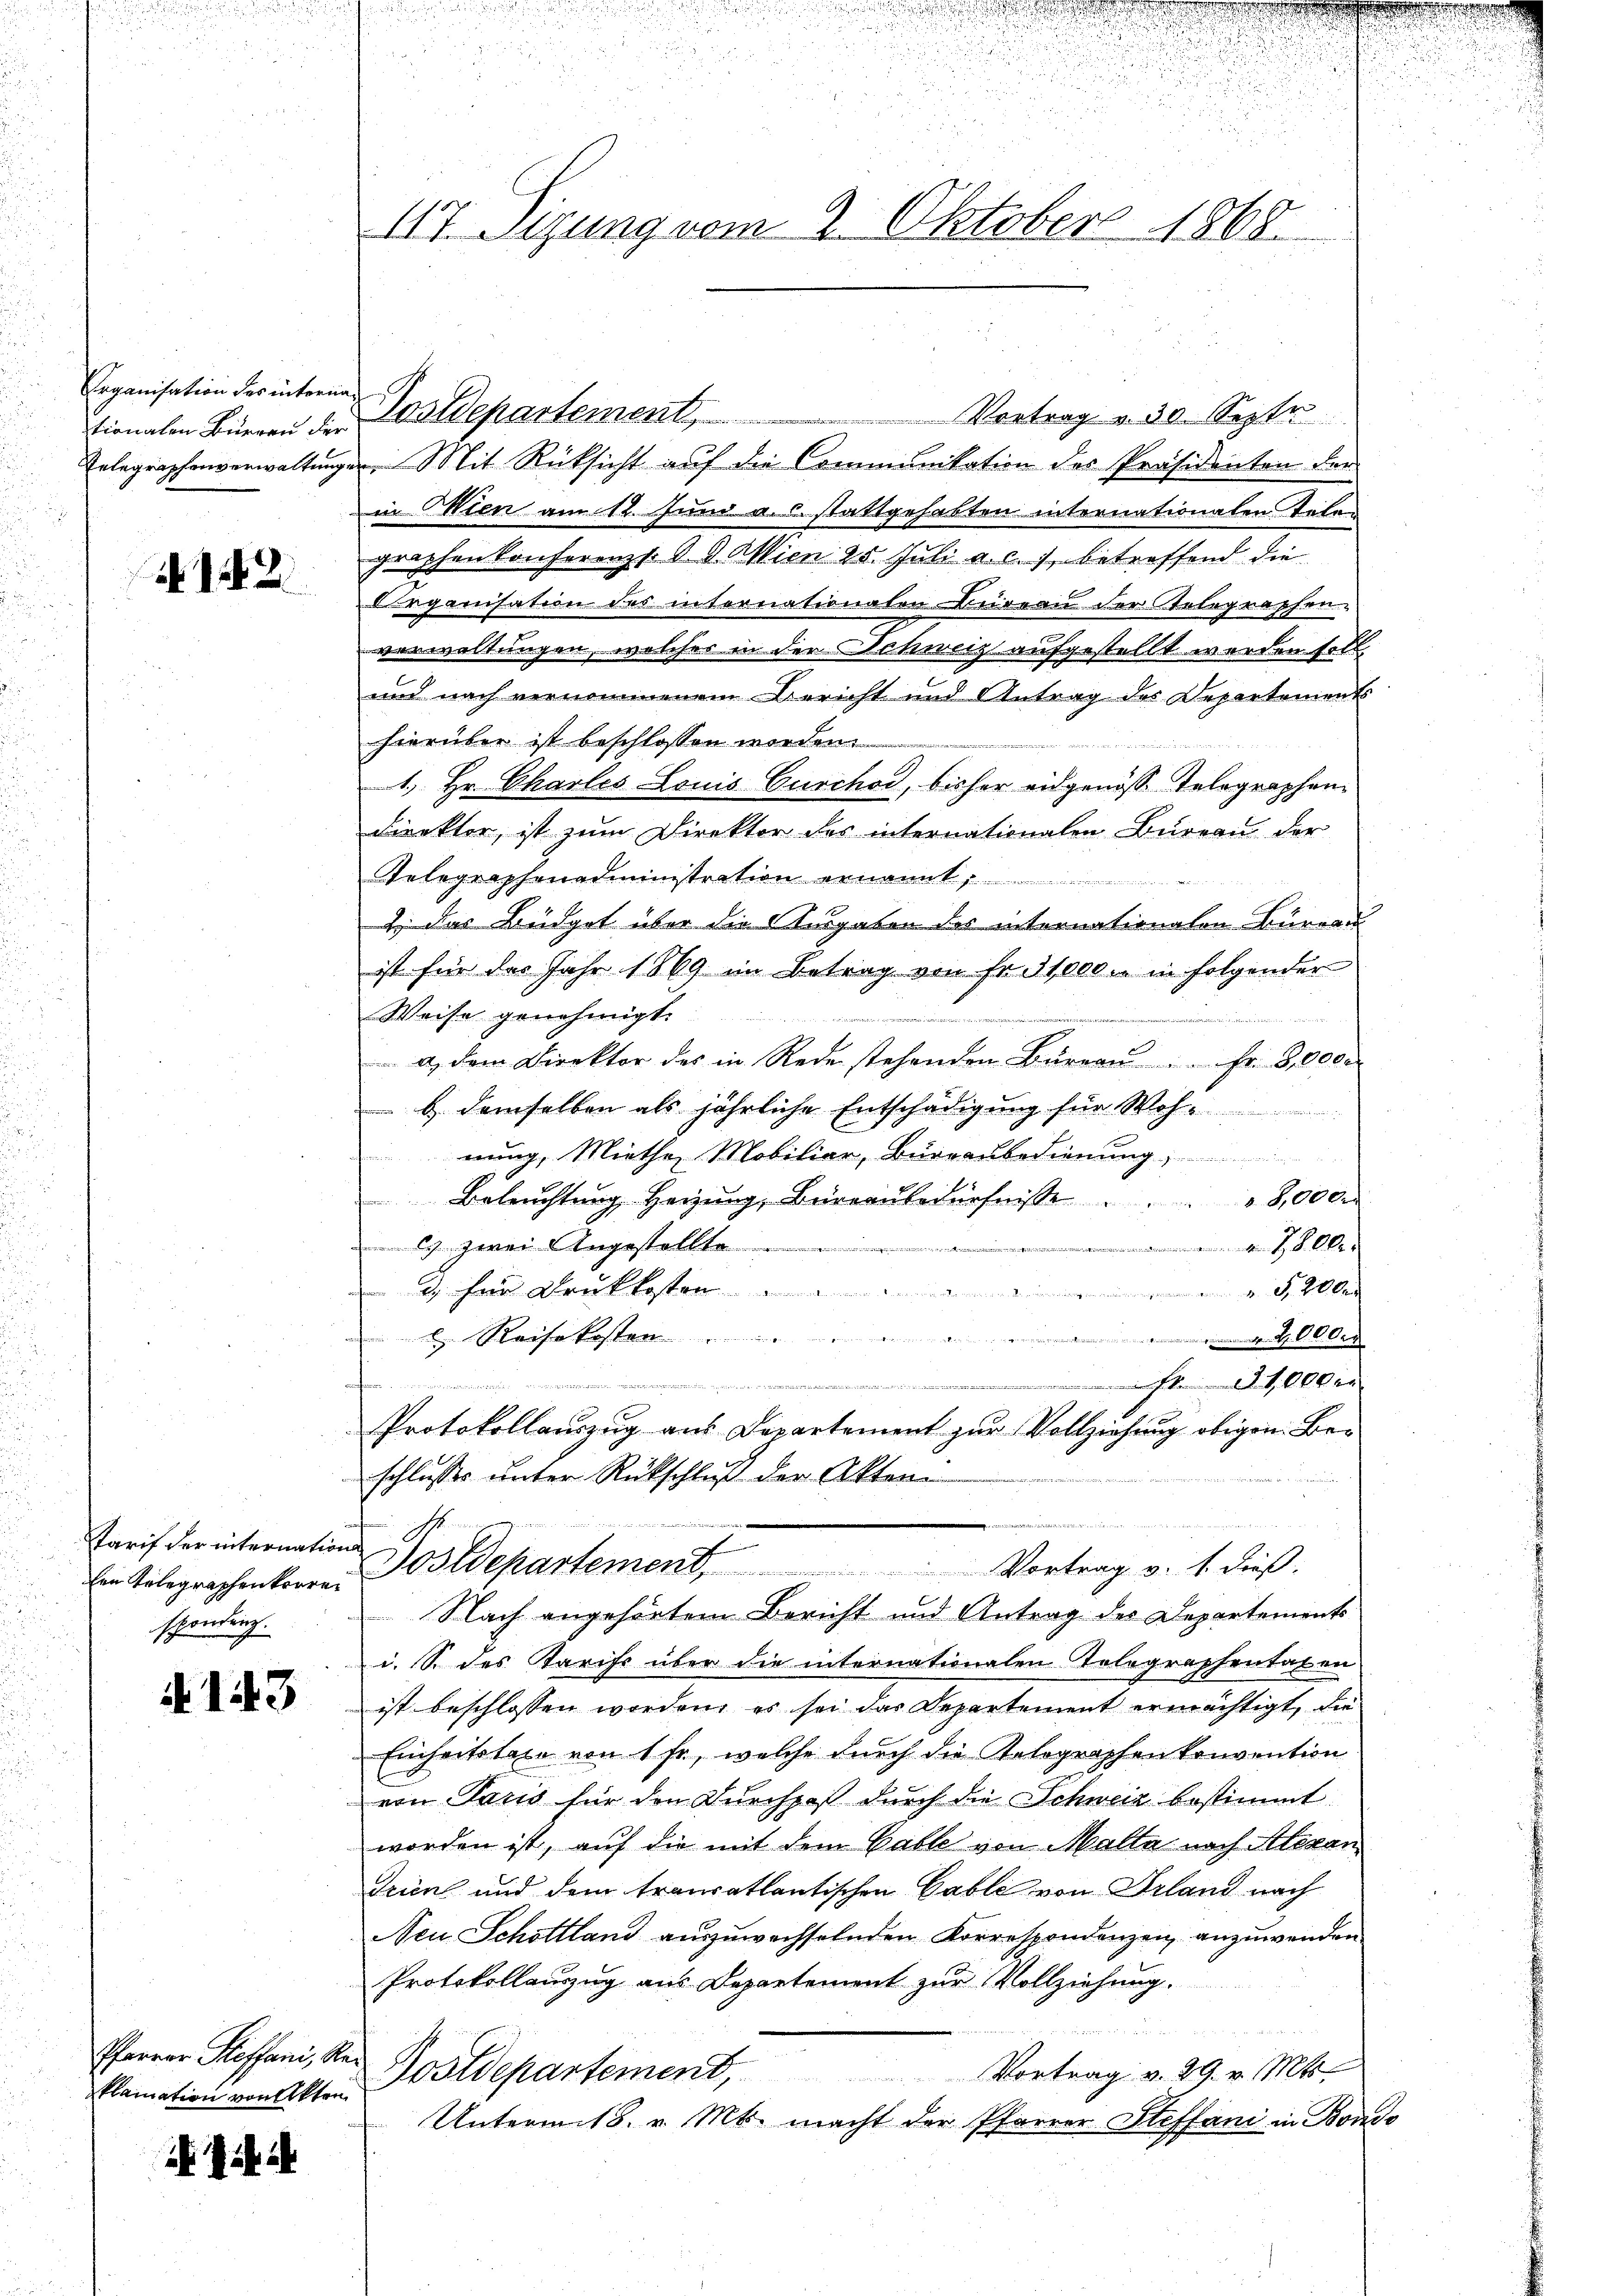
Erganisation des internan
tionalen Büreau der

12

Tarif der internations S
spondert.

N 143

Pfarrer Steffani, Rei
klamation von Akten

i ist a

Postdepartement, Vortrag v. 30. Septe
Telegraphenverwaltungen. Mit Rücksicht auf die Communikation des Präsidenten der
in Wien am 12. Juni a. c. stattgehabten internationalen Telen
graphen Konferenzt. d. 9. Wien 25. Juli a. c. betreffend die
Organisation des internationaten Bureau der Telegraphen-
verwaltungen, welcher in der Schweiz aufgestellt werden soll,
und nach vernommenem Bericht und Antrag des Departements
hierüber ist beschlossen worden.
e
1. Hr. Charles Louis Curchod, bisher eidgenöss Telegraphendirekter, ist zum Direktor des internationalen Bureau der
Telegraphenadministration ernannt,
2 das Büdget über die Ausgaben des internationalen Büreau
ist für das Jahr 1869 im Betrag von Fr. 1000. in folgender
Weise genehmigt.
a, dem Direktor des in Rede stehenden Büreaŭ Fr. 80000
b. demselben als jährliche Entschädigung für Wohnung, Miethe, Mobiliar, Bureaubedienung
Beleuchtung Heizung, Baieraubedürfnisse
8,000
8
) zwei Angestellte
3. für Druckkosten

 Reisekosten
lder
.
.000
en

Protokollauszug aus Departement zur Vollziehung obigen Beschlusses unter Rückschluß der Akten
z
Ein Telegraphenkorrer Postdepartement, Vortrag v. 1. dieß.
Nach angehörtem Bericht und Antrag des Departements
i. S. des Parise über die internationalen Telegraphentaten
ist beschlossen worden, es sei das Departement ermächtigt, die
Einheitstage von 1 Fr., welche durch die Telegraphen konvention
von Paris für den Durchpaß durch die Schweiz bestimmt
worden ist, auf die mit dem Gable von Malte nach Alexan¬
Trien und dem transatlantischen Gabli von Erland nach
Nen Schottland auszuwechselnden Korrespondenzen anzuwenden
Protokollauszug aus Departement zur Vollziehung.
u
Postdepartement, Vortrag v. 29. v. Mts.
Untermit 8. v. Mts. macht der Pfarrer Steffani in Bondo

n

117. Setzung vom 2. Oktobers 1868

2